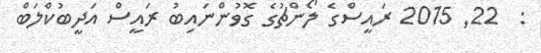
:  22